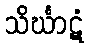
သိင်္ဃာဋံ